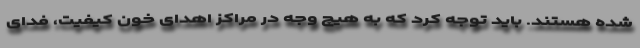
شده هستند. باید توجه کرد که به هیچ وجه در مراکز اهدای خون کیفیت، فدای